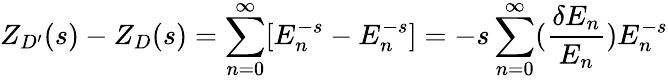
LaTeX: Z_{D^{\prime}}(s)-Z_{D}(s)=\sum_{n=0}^{\infty}[E_{n}^{-s}-E_{n}^{-s}]=-s\sum_{n=0}^{\infty}({\frac{\delta E_{n}}{E_{n}}})E_{n}^{-s}